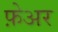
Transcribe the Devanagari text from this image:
फ़ेअर